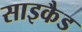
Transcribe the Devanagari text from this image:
साइकैड